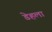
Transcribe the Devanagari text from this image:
डेहला